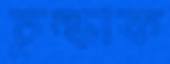
চুল্‌কাক